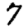
Digit: 7